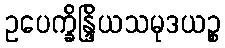
ဥပေက္ခိန္ဒြိယသမုဒယဉ္စ